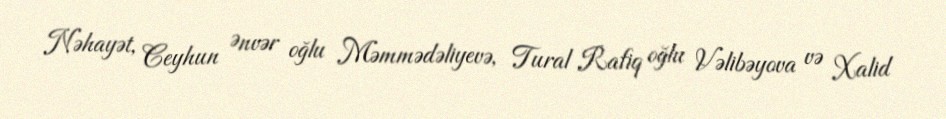
Nəhayət, Ceyhun Ənvər oğlu Məmmədəliyevə, Tural Rafiq oğlu Vəlibəyova və Xalid